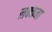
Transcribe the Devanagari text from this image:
लक्कना